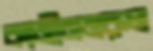
কাজীনজরুল